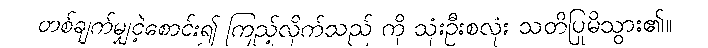
တစ်ချက်မျှငဲ့စောင်း၍ ကြည့်လိုက်သည် ကို သုံးဦးစလုံး သတိပြုမိသွား၏။